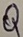
Text: Q